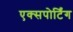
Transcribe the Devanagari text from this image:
एक्सपोर्टिंग